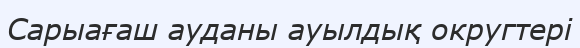
Сарыағаш ауданы ауылдық округтері